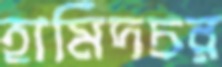
হামিদচর